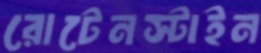
রোটেনস্টাইন